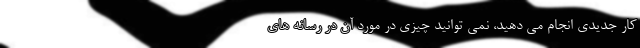
کار جدیدی انجام می‌ دهید، نمی ‌توانید چیزی در مورد آن در رسانه‌ های